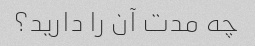
چه مدت آن را دارید؟